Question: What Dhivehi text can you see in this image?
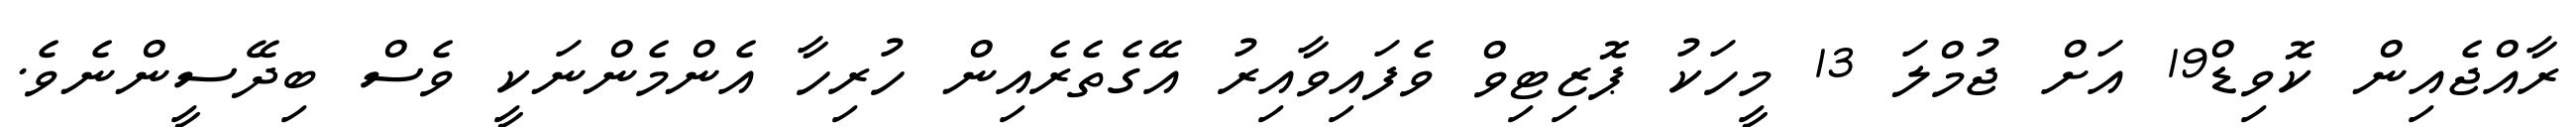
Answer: ރާއްޖެއިން ކޮވިޑް19 އަށް ޖުމްލަ 13 މީހަކު ޕޮޒިޓިވް ވެފައިވާއިރު އޭގެތެރެއިން ހުރިހާ އެންމެންނަކީ ވެސް ބިދޭސީންނެވެ.